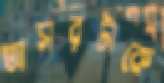
আসরটাকে